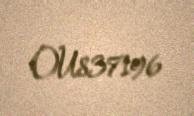
OU837196